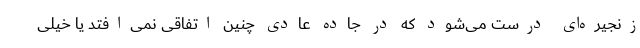
زنجیره‌ای درست می‌شود که در جاده عادی چنین اتفاقی نمی‌افتد یا خیلی